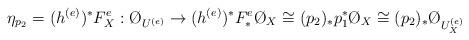
LaTeX: \begin{align*}\eta_{p_2}=(h^{(e)})^*F^e_X: \O_{U^{(e)}}\rightarrow(h^{(e)})^*F^e_*\O_X\cong(p_2)_*p_1^*\O_X\cong(p_2)_*\O_{U^{(e)}_X}\end{align*}